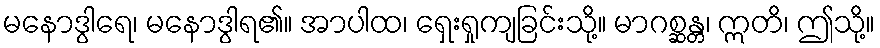
မနောဒွါရေ၊ မနောဒွါရ၏။ အာပါထ၊ ရှေးရှုကျခြင်းသို့။ မာဂစ္ဆန္တ၊ ဣတိ၊ ဤသို့။